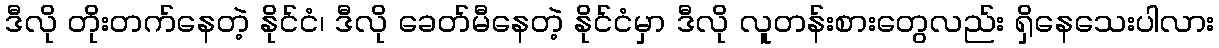
ဒီလို တိုးတက်နေတဲ့ နိုင်ငံ၊ ဒီလို ခေတ်မီနေတဲ့ နိုင်ငံမှာ ဒီလို လူတန်းစားတွေလည်း ရှိနေသေးပါလား